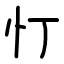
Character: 忊